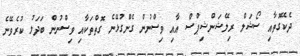
ދެކޭގޮތާއި ސޯޝަލް ރިލޭޝަންޝިޕްސް އާއި ވިސްނުން ގެންގުޅޭނެ ގޮތްތަކާއި ވިސްނުން ބަދަލު ކުރެވޭނެ